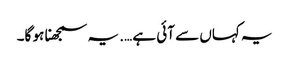
یہ کہاں سے آئی ہے …. یہ سمجھنا ہو گا۔